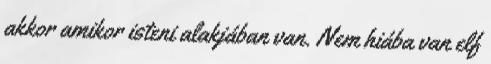
akkor amikor isteni alakjában van. Nem hiába van elf